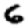
Digit: 6